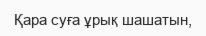
Қара суға ұрық шашатын,